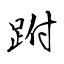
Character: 跗